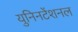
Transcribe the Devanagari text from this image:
युनिनटेंशनल